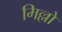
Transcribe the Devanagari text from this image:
मिल्लो